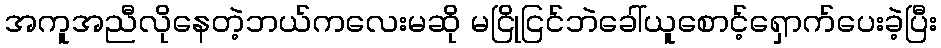
အကူအညီလိုနေတဲ့ဘယ်ကလေးမဆို မငြိုငြင်ဘဲခေါ်ယူစောင့်ရှောက်ပေးခဲ့ပြီး